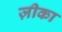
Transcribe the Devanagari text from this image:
ज़ीका